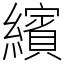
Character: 繽